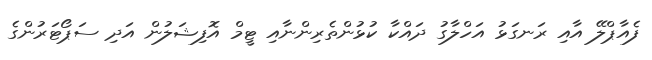
ފެއާޕްލޭ އާއި ރަނގަޅު އަހްލާގު ދައްކާ ކުޅުންތެރިންނާއި ޓީމް އޮފިޝަލުން އަދި ސަޕޯޓަރުންގެ